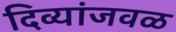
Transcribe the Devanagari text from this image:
दिव्यांजवळ